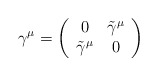
\begin{align*}\gamma^{\mu} = \left( \begin{array}{cc}0 & \tilde{\gamma}^{\mu}\\\tilde{\gamma}^{\mu} & 0 \end{array} \right)\end{align*}